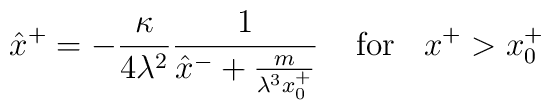
\hat{x}^{+}=-\frac{\kappa}{4\lambda^{2}} \frac{1}{\hat{x}^{-}+\frac{m}{\lambda^{3} x_{0}^{+}}} \:\:\:\:\:\mbox{for}\:\:\:\: x^{+}>x_{0}^{+}